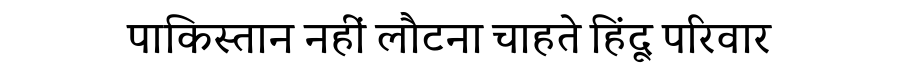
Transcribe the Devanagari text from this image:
पाकिस्तान नहीं लौटना चाहते हिंदू परिवार